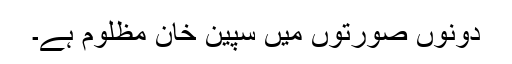
دونوں صورتوں میں سپین خان مظلوم ہے۔